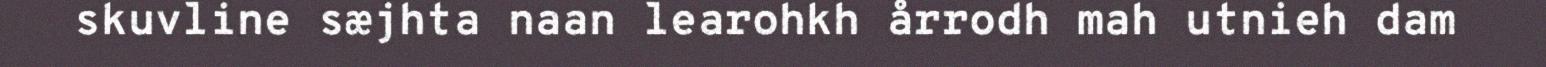
skuvline sæjhta naan learohkh årrodh mah utnieh dam